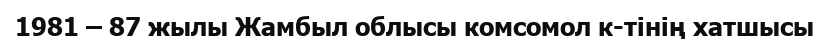
1981 – 87 жылы Жамбыл облысы комсомол к-тінің хатшысы